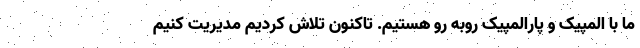
ما با المپیک و پارالمپیک روبه رو هستیم. تاکنون تلاش کردیم مدیریت کنیم